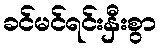
ခင်မင်ရင်းနှီးစွာ